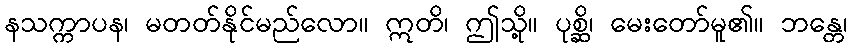
နသက္ကာပန၊ မတတ်နိုင်မည်လော။ ဣတိ၊ ဤသို့။ ပုစ္ဆိ၊ မေးတော်မူ၏။ ဘန္တေ၊